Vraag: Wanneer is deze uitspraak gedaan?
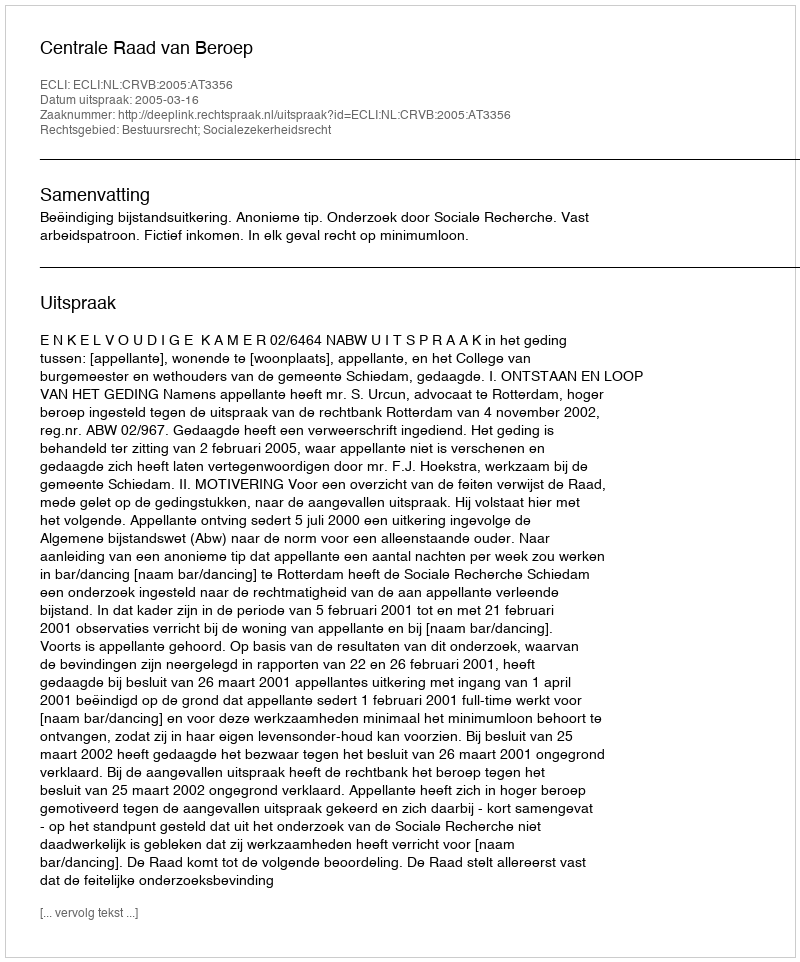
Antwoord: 2005-03-16